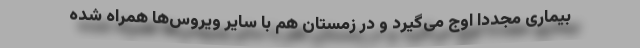
بیماری مجددا اوج می‌گیرد و در زمستان هم با سایر ویروس‌ها همراه شده